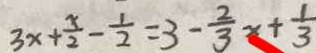
3 x + \frac { x } { 2 } - \frac { 1 } { 2 } = 3 - \frac { 2 } { 3 } x + \frac { 1 } { 3 }